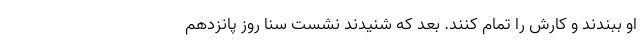
او ببندند و کارش را تمام کنند. بعد که شنیدند نشست سنا روز پانزدهم